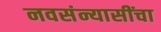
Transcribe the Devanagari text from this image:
नवसंन्यासींचा